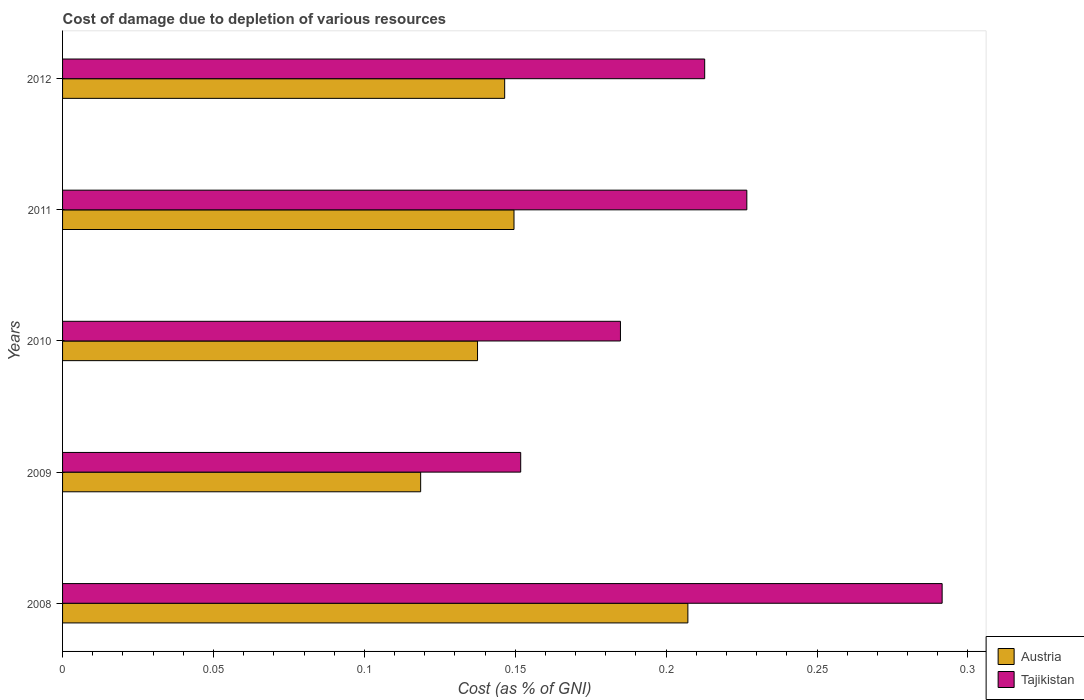
| Years | Austria | Tajikistan |
 | --- | --- | --- |
 | 2008 | 0.207 | 0.291 |
 | 2009 | 0.119 | 0.152 |
 | 2010 | 0.137 | 0.185 |
 | 2011 | 0.15 | 0.227 |
 | 2012 | 0.146 | 0.213 |